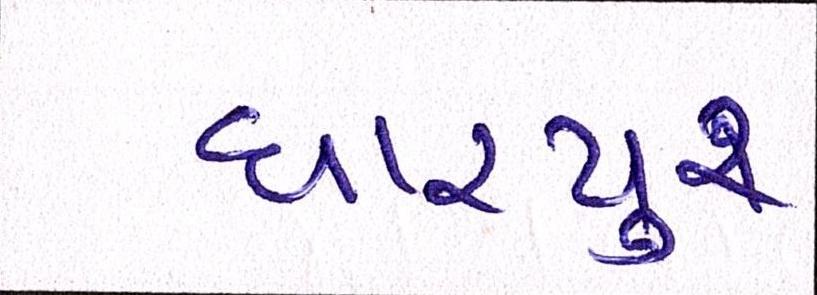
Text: ધારપુર